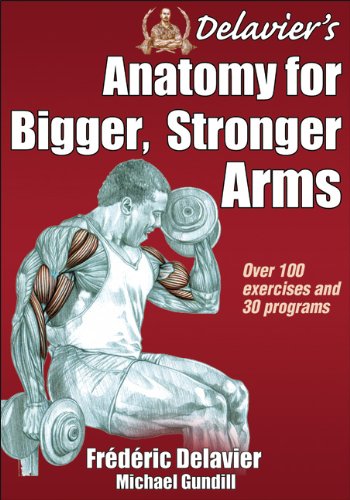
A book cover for Delavier's Anatomy for Bigger, Stronger Arms; Frederic Delavier; Health, Fitness & Dieting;